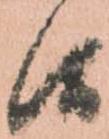
候